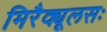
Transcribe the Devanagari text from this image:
मिरैक्यूलसः